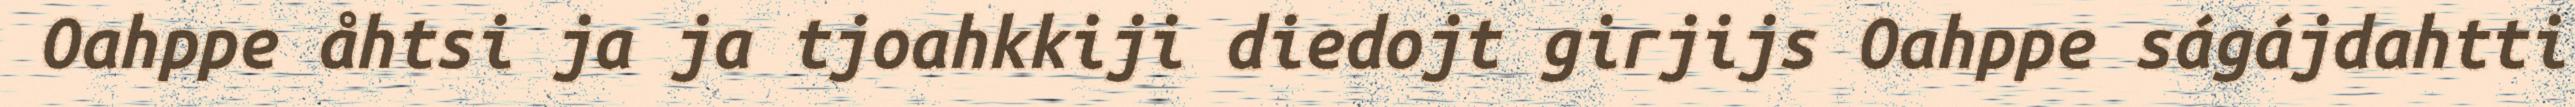
Oahppe åhtsi ja ja tjoahkkiji diedojt girjijs Oahppe ságájdahtti